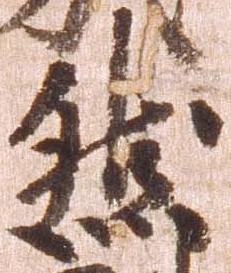
然